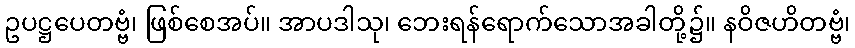
ဥပဋ္ဌပေတဗ္ဗံ၊ ဖြစ်စေအပ်။ အာပဒါသု၊ ဘေးရန်ရောက်သောအခါတို့၌။ နဝိဇဟိတဗ္ဗံ၊